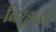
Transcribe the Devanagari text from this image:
बिर्‍हाडी